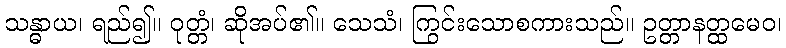
သန္ဓာယ၊ ရည်၍။ ဝုတ္တံ၊ ဆိုအပ်၏။ သေသံ၊ ကြွင်းသောစကားသည်။ ဥတ္တာနတ္ထမေဝ၊